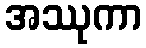
အဿုကာ